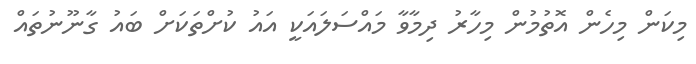
މިކަން މިހެން އޮތުމުން މިހާރު ދިމާވާ މައްސަލައަކީ އައު ކުށްތަކަށް ބައު ގާނޫނުތައް